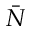
\bar { N }